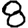
Digit: 8